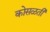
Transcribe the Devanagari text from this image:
कोसळती